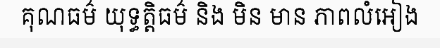
គុណធម៌ យុទ្ធត្តិធម៌ និង មិន មាន ភាពលំអៀង